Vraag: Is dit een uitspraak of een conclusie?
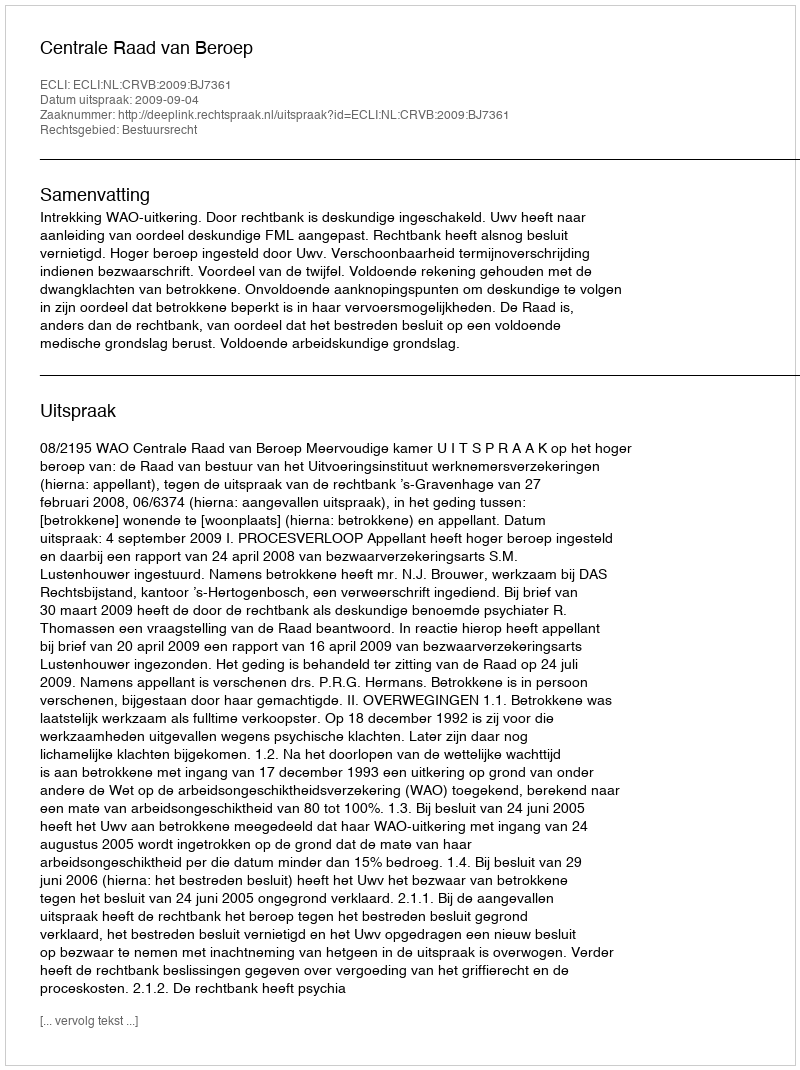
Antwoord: Uitspraak